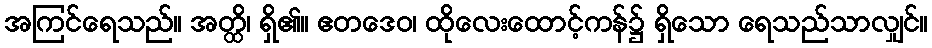
အကြင်ရေသည်။ အတ္ထိ၊ ရှိ၏။ ဧတဒေဝ၊ ထိုလေးထောင့်ကန်၌ ရှိသော ရေသည်သာလျှင်။